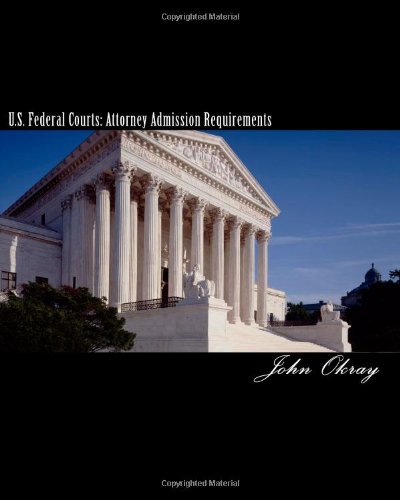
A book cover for U.S. Federal Courts: Attorney Admission Requirements: 2011 Edition; John Okray; Law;